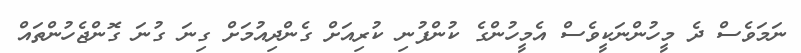
ނަމަވެސް ދެ މީހުންނަކީވެސް އެމީހުންގެ ކުންފުނި ކުރިއަށް ގެންދިއުމަށް ގިނަ ގުނަ ގޮންޖެހުންތައް